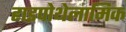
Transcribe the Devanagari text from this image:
हाइपोथेलामिक